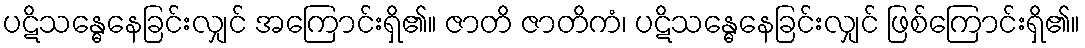
ပဋိသန္ဓေနေခြင်းလျှင် အကြောင်းရှိ၏။ ဇာတိ ဇာတိကံ၊ ပဋိသန္ဓေနေခြင်းလျှင် ဖြစ်ကြောင်းရှိ၏။